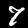
Digit: 7